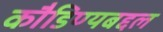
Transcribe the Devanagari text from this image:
कौडिण्यबद्दल